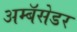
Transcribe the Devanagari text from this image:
अम्बॅसेडर